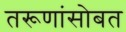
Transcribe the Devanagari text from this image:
तरूणांसोबत